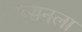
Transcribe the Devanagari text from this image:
गिब्सनला